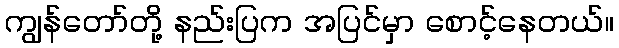
ကျွန်တော်တို့ နည်းပြက အပြင်မှာ စောင့်နေတယ်။